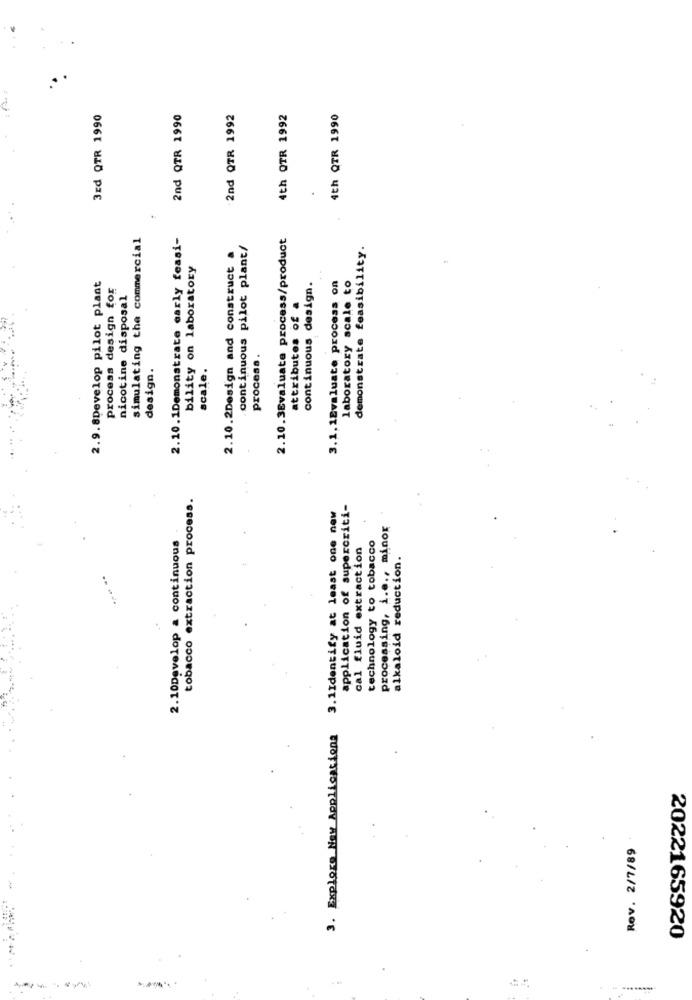
3Ed QTR 1990
2nd QTR 1990
2nd QTR 1992
4th OTR 1992
4th QTR 1990
simulating the commercial
2.10.1Demonstrate early feasi-
2.10.3Evaluate process/product
continuous pilot plant/
demonstrate feasibility.
2.10.2Design and construct
bility on laboratory
2.9.8Develop pilot plant
process design for
continuous design.
3.1. 1Evaluate process on
laboratory scale to
nicotine disposal
attributes of a
process.
scale.
design.
tobacco extraction process.
3.1Identify at least one new
application of supercriti-
processing, i ..., minor
2.10Develop a continuous
cal fluid extraction
technology to tobacco
alkaloid reduction.
3. Explore Naw Applications
Rev. 2/7/89
2022165920